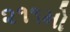
૨૧૧મો